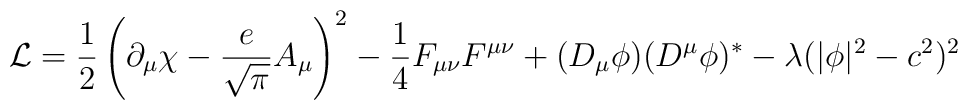
{\cal L} = \frac{1}{2}\left(\partial_\mu \chi              -  \frac{e}{\sqrt{\pi}} A_\mu\right)^2       - \frac{1}{4} F_{\mu\nu}F^{\mu\nu} + (D_\mu\phi)(D^\mu\phi)^*              -\lambda(|\phi|^2-c^2)^2